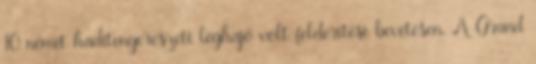
10 német haditengerészeti léghajó volt felderítési bevetésen. A Grand